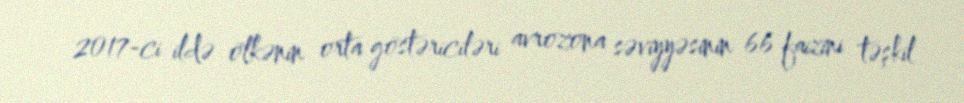
2017-ci ildə ölkənin orta göstəriciləri avrozona səviyyəsinin 66 faizini təşkil